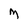
Character: m